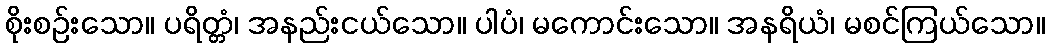
စိုးစဉ်းသော။ ပရိတ္တံ၊ အနည်းငယ်သော။ ပါပံ၊ မကောင်းသော။ အနရိယံ၊ မစင်ကြယ်သော။